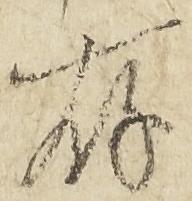
存